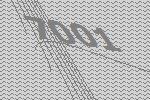
7001